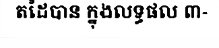
តដៃបាន ក្នុងលទ្ធផល ៣-